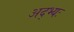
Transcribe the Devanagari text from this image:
अद्भ्यः